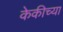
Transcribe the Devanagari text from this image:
केकीच्या